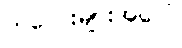
ကလေးများအပေါ်